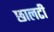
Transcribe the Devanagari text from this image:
छालटी